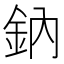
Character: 鈉